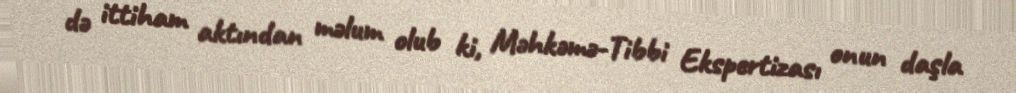
də ittiham aktından məlum olub ki, Məhkəmə-Tibbi Ekspertizası onun daşla